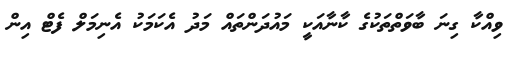
ވިއްކާ ގިނަ ބާވަތްތަކުގެ ކާނާއަކީ މައުދަންތައް މަދު އެކަމަކު އެނިމަލް ފެޓް އިން